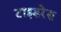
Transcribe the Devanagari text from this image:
टाइडरेस